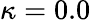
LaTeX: \kappa=0.0